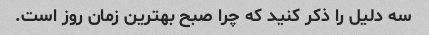
سه دلیل را ذکر کنید که چرا صبح بهترین زمان روز است.